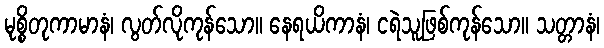
မုစ္စိတုကာမာနံ၊ လွတ်လိုကုန်သော။ နေရယိကာနံ၊ ငရဲသူဖြစ်ကုန်သော။ သတ္တာနံ၊